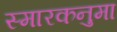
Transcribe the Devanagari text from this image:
स्मारकनुमा